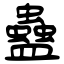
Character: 蠱